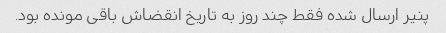
پنیر ارسال شده فقط چند روز به تاریخ انقضاش باقی مونده بود. ‌